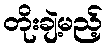
တိုးချဲ့မည့်